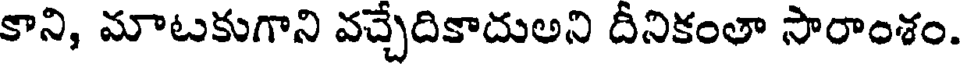
కాని, మాటకుగాని వచ్చేదికాదుఅని దీనికంతా సారాంశం.